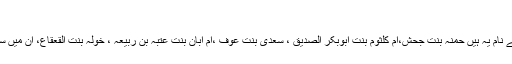
[12]
حضرت طلحہ ؓ نے مختلف اوقات میں متعدد شادیاں کی تھیں بیویوں کے نام یہ ہیں حمنہ بنت جحش،ام کلثوم بنت ابوبکر الصدیق ؓ، سعدی بنت عوف ،ام ابان بنت عتبہ بن ربیعہ ، خولہ بنت القعقاع، ان میں سے ہر ایک کے بطن سے متعدد اولاد ہوئی تھی، لڑکوں کے نام یہ ہیں۔